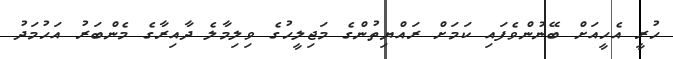
ހުރީ އެހީއަށް ބޭނުންވެފައި ކަމަށް ރައްޔިތުންގެ މަޖިލީހުގެ ވިލިމާލެ ދާއިރާގެ މެންބަރު އަހުމަދު